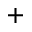
^ +